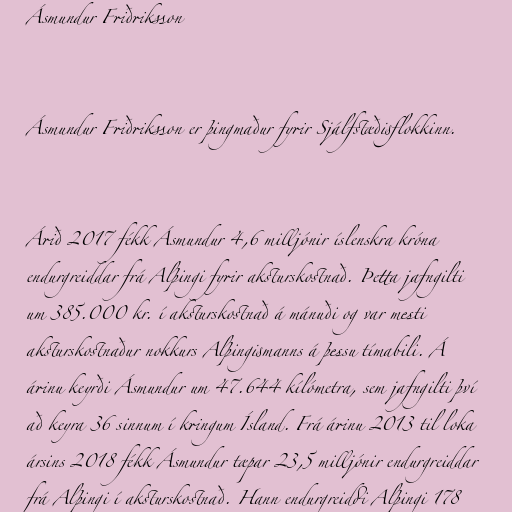
Ásmundur Friðriksson

Ásmundur Friðriksson er þingmaður fyrir Sjálfstæðisflokkinn.

Árið 2017 fékk Ásmundur 4,6 milljónir íslenskra króna
endurgreiddar frá Alþingi fyrir aksturskostnað. Þetta jafngilti
um 385.000 kr. í aksturskostnað á mánuði og var mesti
aksturskostnaður nokkurs Alþingismanns á þessu tímabili. Á
árinu keyrði Ásmundur um 47.644 kílómetra, sem jafngilti því
að keyra 36 sinnum í kringum Ísland. Frá árinu 2013 til loka
ársins 2018 fékk Ásmundur tæpar 23,5 milljónir endurgreiddar
frá Alþingi í aksturskostnað. Hann endurgreiddi Alþingi 178